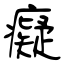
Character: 癡